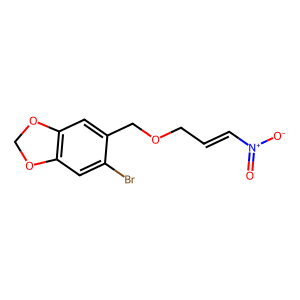
SMILES: O=[N+]([O-])C=CCOCc1cc2c(cc1Br)OCO2
Inhibits HIV replication: No